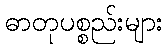
ဓာတုပစ္စည်းများ